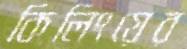
কিলিংয়ের